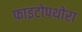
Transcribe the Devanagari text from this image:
फाइटोपथोरा